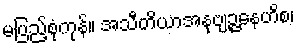
မပြည့်စုံကုန်။ အသီတိယာအနုဗျဉ္ဇနေဟိစ၊